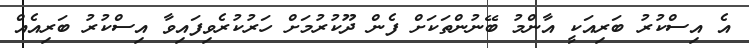
އެ އިސްކުރު ބަރިއަކީ އާންމު ބޭނުންތަކަށް ފެން ދޫކުރުމަށް ހަރުކުރެވިފައިވާ އިސްކުރު ބަރިއެއް